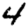
Digit: 4